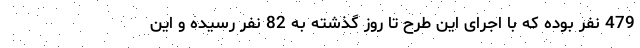
479 نفر بوده که با اجرای این طرح تا روز گذشته به 82 نفر رسیده و این